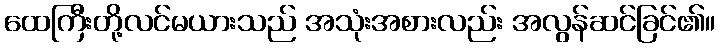
ထေကြီးတို့လင်မယားသည် အသုံးအစားလည်း အလွန်ဆင်ခြင်၏။